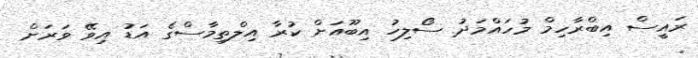
ރައީސް އިބްރާހިމް މުހައްމަދު ސޯލިހު އިބޫއަށް ކުރާ އިލްތިމާސްގެ އަޑު އިވޭ ވަރަށް